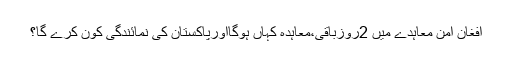
افغان امن معاہدے میں 2روزباقی،معاہدہ کہاں ہوگااورپاکستان کی نمائندگی کون کرے گا؟